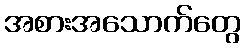
အစားအသောက်တွေ